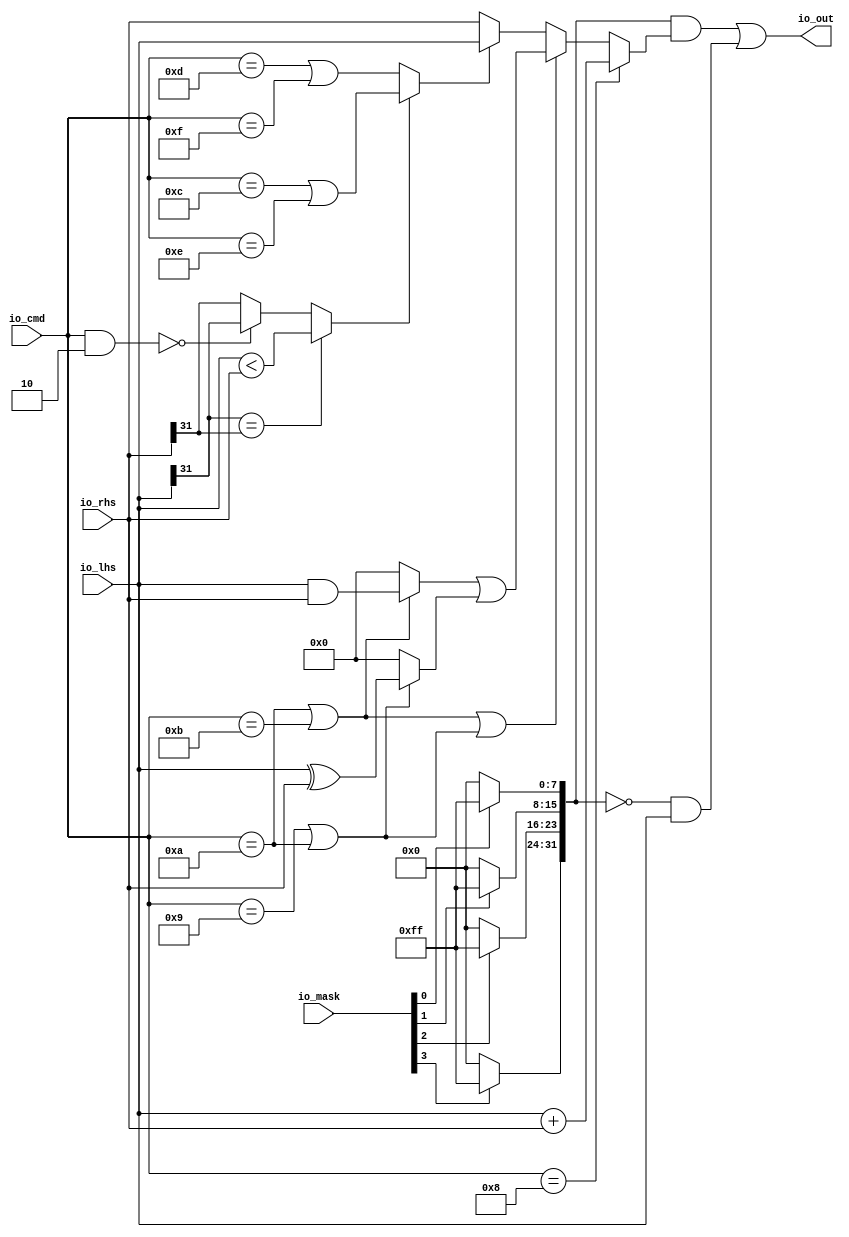
// Copyright (c) 2017, Microsemi Corporation
// All rights reserved.
//
// Redistribution and use in source and binary forms, with or without
// modification, are permitted provided that the following conditions are met:
//     * Redistributions of source code must retain the above copyright
//       notice, this list of conditions and the following disclaimer.
//     * Redistributions in binary form must reproduce the above copyright
//       notice, this list of conditions and the following disclaimer in the
//       documentation and/or other materials provided with the distribution.
//     * Neither the name of the <organization> nor the
//       names of its contributors may be used to endorse or promote products
//       derived from this software without specific prior written permission.
//
// THIS SOFTWARE IS PROVIDED BY THE COPYRIGHT HOLDERS AND CONTRIBUTORS "AS IS" AND
// ANY EXPRESS OR IMPLIED WARRANTIES, INCLUDING, BUT NOT LIMITED TO, THE IMPLIED
// WARRANTIES OF MERCHANTABILITY AND FITNESS FOR A PARTICULAR PURPOSE ARE
// DISCLAIMED. IN NO EVENT SHALL MICROSEMI CORPORATIONM BE LIABLE FOR ANY
// DIRECT, INDIRECT, INCIDENTAL, SPECIAL, EXEMPLARY, OR CONSEQUENTIAL DAMAGES
// (INCLUDING, BUT NOT LIMITED TO, PROCUREMENT OF SUBSTITUTE GOODS OR SERVICES;
// LOSS OF USE, DATA, OR PROFITS; OR BUSINESS INTERRUPTION) HOWEVER CAUSED AND
// ON ANY THEORY OF LIABILITY, WHETHER IN CONTRACT, STRICT LIABILITY, OR TORT
// (INCLUDING NEGLIGENCE OR OTHERWISE) ARISING IN ANY WAY OUT OF THE USE OF THIS
// SOFTWARE, EVEN IF ADVISED OF THE POSSIBILITY OF SUCH DAMAGE.
//
// APACHE LICENSE
// Copyright (c) 2017, Microsemi Corporation 
//
// Licensed under the Apache License, Version 2.0 (the "License");
// you may not use this file except in compliance with the License.
// You may obtain a copy of the License at
//
//    http://www.apache.org/licenses/LICENSE-2.0
//
// Unless required by applicable law or agreed to in writing, software
// distributed under the License is distributed on an "AS IS" BASIS,
// WITHOUT WARRANTIES OR CONDITIONS OF ANY KIND, either express or implied.
// See the License for the specific language governing permissions and
// limitations under the License.
//
// Description:
//
// SVN Revision Information:
// SVN $Revision: $
// SVN $Date: $
//
// Resolved SARs
// SAR      Date     Who   Description
//
// Notes:
//
// ****************************************************************************/
`define RANDOMIZE
`timescale 1ns/10ps
module PROC_SUBSYSTEM_MIV_RV32IMA_L1_AHB_0_MIV_RV32IMA_L1_AHB_AMOALU(
  input  [3:0]  io_mask,
  input  [4:0]  io_cmd,
  input  [31:0] io_lhs,
  input  [31:0] io_rhs,
  output [31:0] io_out
);
  wire  _T_8;
  wire  _T_10;
  wire  max;
  wire  _T_12;
  wire  _T_14;
  wire  min;
  wire  add;
  wire  _T_17;
  wire  _T_19;
  wire  logic_and;
  wire  _T_21;
  wire  logic_xor;
  wire [32:0] _T_24;
  wire [31:0] adder_out;
  wire [4:0] _T_28;
  wire  _T_31;
  wire  _T_32;
  wire  _T_33;
  wire  _T_34;
  wire  _T_35;
  wire  _T_38;
  wire  less;
  wire  _T_39;
  wire [31:0] minmax;
  wire [31:0] _T_40;
  wire [31:0] _T_42;
  wire [31:0] _T_43;
  wire [31:0] _T_45;
  wire [31:0] logic$;
  wire  _T_46;
  wire [31:0] _T_47;
  wire [31:0] out;
  wire  _T_48;
  wire  _T_49;
  wire  _T_50;
  wire  _T_51;
  wire [7:0] _T_55;
  wire [7:0] _T_59;
  wire [7:0] _T_63;
  wire [7:0] _T_67;
  wire [15:0] _T_68;
  wire [15:0] _T_69;
  wire [31:0] wmask;
  wire [31:0] _T_70;
  wire [31:0] _T_71;
  wire [31:0] _T_72;
  wire [31:0] _T_73;
  assign io_out = _T_73;
  assign _T_8 = io_cmd == 5'hd;
  assign _T_10 = io_cmd == 5'hf;
  assign max = _T_8 | _T_10;
  assign _T_12 = io_cmd == 5'hc;
  assign _T_14 = io_cmd == 5'he;
  assign min = _T_12 | _T_14;
  assign add = io_cmd == 5'h8;
  assign _T_17 = io_cmd == 5'ha;
  assign _T_19 = io_cmd == 5'hb;
  assign logic_and = _T_17 | _T_19;
  assign _T_21 = io_cmd == 5'h9;
  assign logic_xor = _T_21 | _T_17;
  assign _T_24 = io_lhs + io_rhs;
  assign adder_out = _T_24[31:0];
  assign _T_28 = io_cmd & 5'h2;
  assign _T_31 = _T_28 == 5'h0;
  assign _T_32 = io_lhs[31];
  assign _T_33 = io_rhs[31];
  assign _T_34 = _T_32 == _T_33;
  assign _T_35 = io_lhs < io_rhs;
  assign _T_38 = _T_31 ? _T_32 : _T_33;
  assign less = _T_34 ? _T_35 : _T_38;
  assign _T_39 = less ? min : max;
  assign minmax = _T_39 ? io_lhs : io_rhs;
  assign _T_40 = io_lhs & io_rhs;
  assign _T_42 = logic_and ? _T_40 : 32'h0;
  assign _T_43 = io_lhs ^ io_rhs;
  assign _T_45 = logic_xor ? _T_43 : 32'h0;
  assign logic$ = _T_42 | _T_45;
  assign _T_46 = logic_and | logic_xor;
  assign _T_47 = _T_46 ? logic$ : minmax;
  assign out = add ? adder_out : _T_47;
  assign _T_48 = io_mask[0];
  assign _T_49 = io_mask[1];
  assign _T_50 = io_mask[2];
  assign _T_51 = io_mask[3];
  assign _T_55 = _T_48 ? 8'hff : 8'h0;
  assign _T_59 = _T_49 ? 8'hff : 8'h0;
  assign _T_63 = _T_50 ? 8'hff : 8'h0;
  assign _T_67 = _T_51 ? 8'hff : 8'h0;
  assign _T_68 = {_T_59,_T_55};
  assign _T_69 = {_T_67,_T_63};
  assign wmask = {_T_69,_T_68};
  assign _T_70 = wmask & out;
  assign _T_71 = ~ wmask;
  assign _T_72 = _T_71 & io_lhs;
  assign _T_73 = _T_70 | _T_72;
endmodule